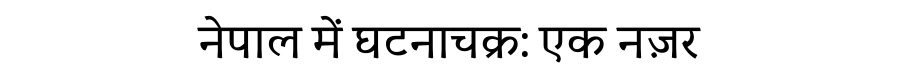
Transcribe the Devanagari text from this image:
नेपाल में घटनाचक्र: एक नज़र